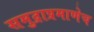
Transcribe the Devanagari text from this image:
समुद्राप्रमाणेच